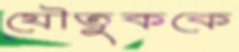
যৌতুককে